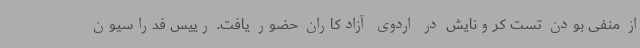
از منفی بودن تست کرونایش در اردوی آزادکاران حضور یافت. رییس فدراسیون